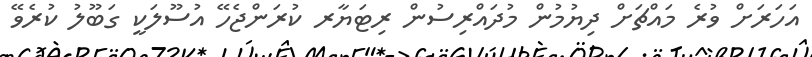
އަހަރަށް ވުރެ މައްޗަށް ދިޔުމުން މުދައްރިސުން ރިޓަޔާރ ކުރަންޖެހޭ އުސޫލަކީ ގަބޫލު ކުރެވޭ